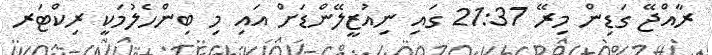
ރާއްޖޭ ގަޑިން މިރޭ 21:37 ގައި ނިއުޒީލޭންޑަށް އައި މި ބިންހެލުމަކީ ރިކްޓަރ